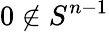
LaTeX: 0\notin S^{n-1}